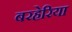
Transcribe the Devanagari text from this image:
बरहेरिया